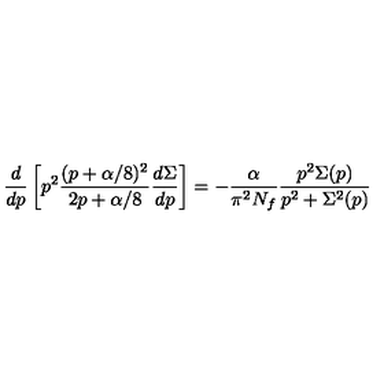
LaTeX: { \frac { d } { d p } } \left[ p ^ { 2 } \frac { ( p + \alpha / 8 ) ^ { 2 } } { 2 p + \alpha / 8 } \frac { d \Sigma } { d p } \right] = - \frac { \alpha } { \pi ^ { 2 } N _ { f } } \frac { p ^ { 2 } \Sigma ( p ) } { p ^ { 2 } + \Sigma ^ { 2 } ( p ) }